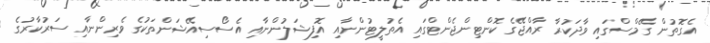
އެގޮތުން ގޭމްސްގައި ވާދަކުރާ ރާއްޖޭގެ ކޮންޓިންޖެންޓްގައި އެތުލީޓުންނާއި އޮފިޝަލުންނާއި އެސޯސިއޭޝަންތަކުގެ ވެރިންނާއި ސަރުކާރުގެ